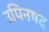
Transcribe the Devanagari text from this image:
उपिनषद